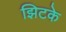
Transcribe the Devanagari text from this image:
झिटके